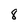
Character: 8